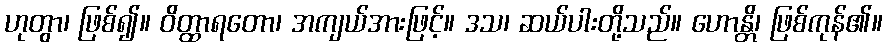
ဟုတွာ၊ ဖြစ်၍။ ဝိတ္ထာရတော၊ အကျယ်အားဖြင့်။ ဒသ၊ ဆယ်ပါးတို့သည်။ ဟောန္တိ၊ ဖြစ်ကုန်၏။